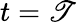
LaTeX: t=\mathscr{T}